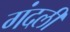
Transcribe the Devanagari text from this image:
गंदली